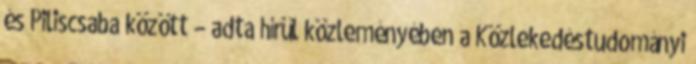
és Piliscsaba között – adta hírül közleményében a Közlekedéstudományi